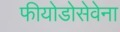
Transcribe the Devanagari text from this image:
फीयोडोसेवेना